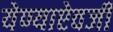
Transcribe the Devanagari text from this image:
येण्याऐवजी